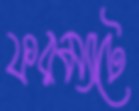
ফরম্যাটে